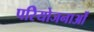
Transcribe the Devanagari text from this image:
परिेयोजनाओं